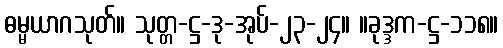
ဓမ္မယာဂသုတ်။ သုတ္တ-ဋ္ဌ-ဒု-အုပ်-၂၃-၂၄။ ။ခုဒ္ဒက-ဋ္ဌ-၁၁၈။